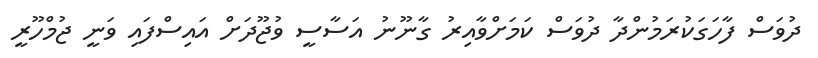
ދުވަސް ފާހަގަކުރަމުންދާ ދުވަސް ކަމަށްވާއިރު ގާނޫނު އަސާސީ ވުޖޫދަށް އައިސްފައި ވަނީ ޖުމްހޫރީ